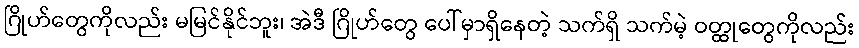
ဂြိုဟ်တွေကိုလည်း မမြင်နိုင်ဘူး၊ အဲဒီ ဂြိုဟ်တွေ ပေါ်မှာရှိနေတဲ့ သက်ရှိ သက်မဲ့ ဝတ္ထုတွေကိုလည်း